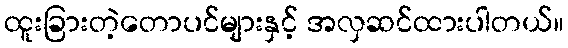
ထူးခြားတဲ့တောပင်များနှင့် အလှဆင်ထားပါတယ်။